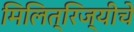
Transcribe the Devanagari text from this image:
मिलित्रिज्यीचे